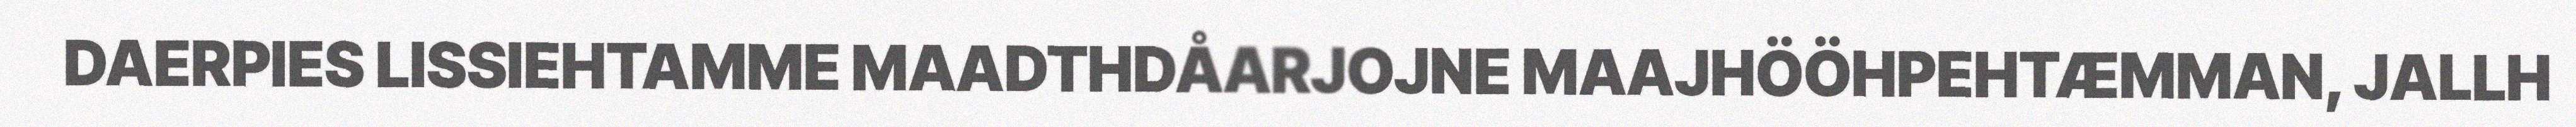
DAERPIES LISSIEHTAMME MAADTHDÅARJOJNE MAAJHÖÖHPEHTÆMMAN, JALLH